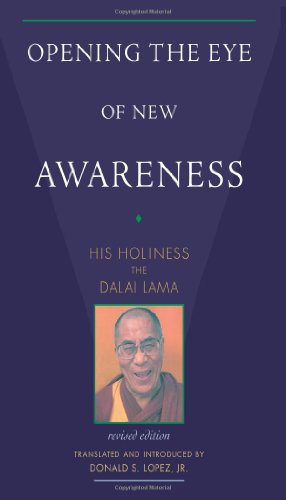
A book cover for Opening the Eye of New Awareness; Donald S. Lopez Jr.; Religion & Spirituality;